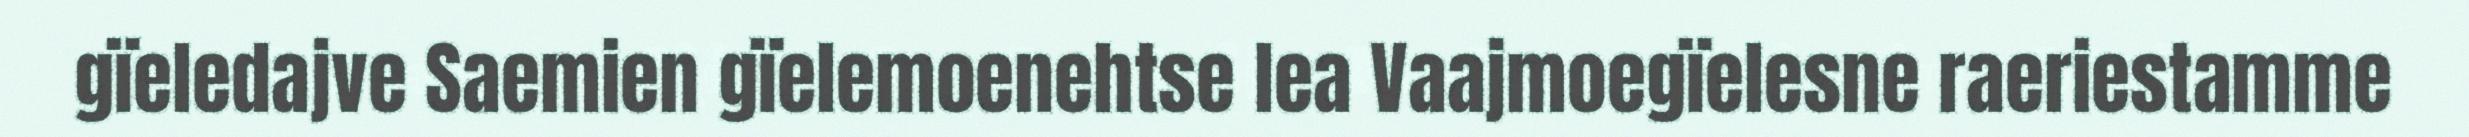
gïeledajve Saemien gïelemoenehtse lea Vaajmoegïelesne raeriestamme